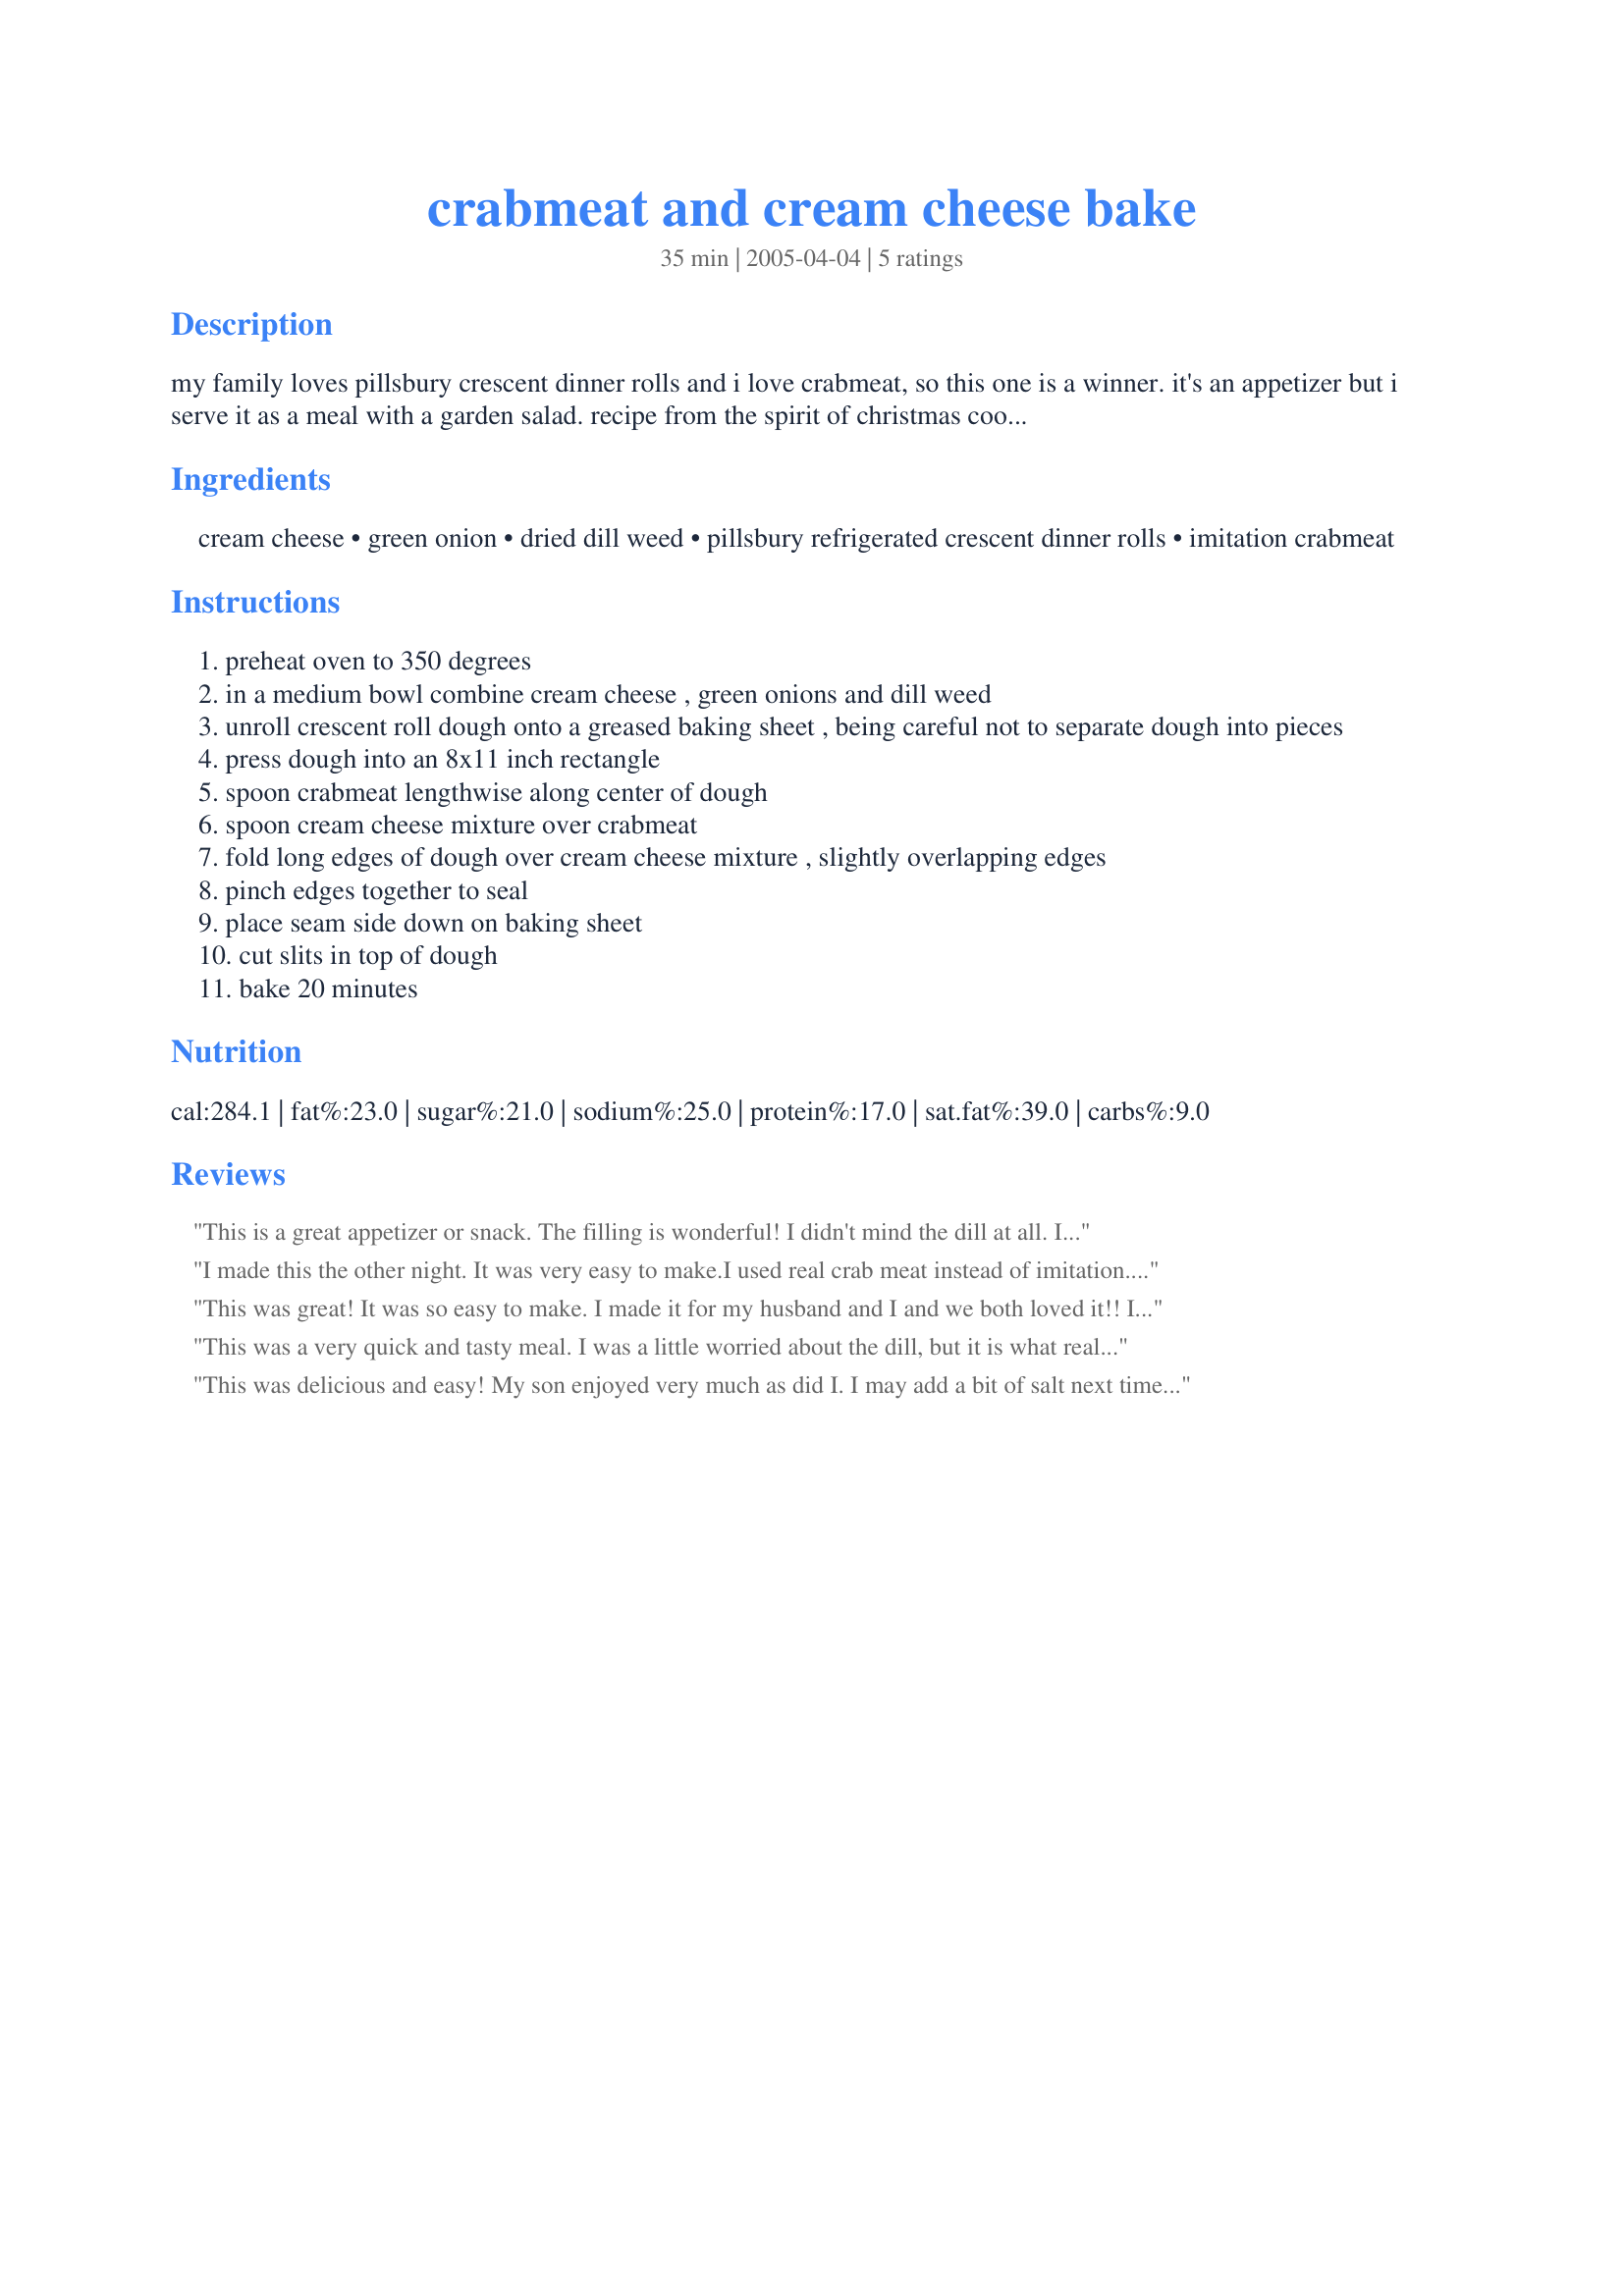
crabmeat and cream cheese bake
Preparation time: 35 minutes

my family loves pillsbury crescent dinner rolls and i love crabmeat, so this one is a winner. it's an appetizer but i serve it as a meal with a garden salad. recipe from the spirit of christmas cookbook volume 3.

Ingredients:
cream cheese, green onion, dried dill weed, pillsbury refrigerated crescent dinner rolls, imitation crabmeat

Steps:
preheat oven to 350 degrees
in a medium bowl combine cream cheese , green onions and dill weed
unroll crescent roll dough onto a greased baking sheet , being careful not to separate dough into pieces
press dough into an 8x11 inch rectangle
spoon crabmeat lengthwise along center of dough
spoon cream cheese mixture over crabmeat
fold long edges of dough over cream cheese mixture , slightly overlapping edges
pinch edges together to seal
place seam side down on baking sheet
cut slits in top of dough
bake 20 minutes

Reviews:
This is a great appetizer or snack. The filling is wonderful! I didn't mind the dill at all. I'll make this again. Thanx for posting.
I made this the other night. It was very easy to make.I used real crab meat instead of imitation. It turned out real well and tasted pretty good, but next time I might cut back to about 6 oz of cream cheese instead of 8 and maby do about 1/4 of the dill instead of the full 1/2 because it does leave a strong after taste, which led me to give this a 4 star instead of a 5. Also it does make enough for several people, I only made it for two and we did not eat it all. I tried to reheat it the next day and it does not heat up well, so it pretty much has to get eaten when you make it.
This was great! It was so easy to make. I made it for my husband and I and we both loved it!! I will make it again! Highly recommend!
This was a very quick and tasty meal. I was a little worried about the dill, but it is what really helped make it delicious. I wouldn't cut back or leave it out at all. Thanks for a great recipe!
This was delicious and easy! My son enjoyed very much as did I. <br/>I may add a bit of salt next time to bring the flavors together. Thx for sharing!!
